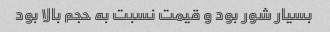
بسیار شور بود و قیمت نسبت به حجم بالا بود